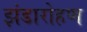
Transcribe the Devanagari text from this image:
झंडारोहण